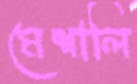
মেশালি